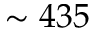
\sim 4 3 5